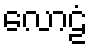
လောဠံ